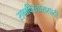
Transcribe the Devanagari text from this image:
रागविस्तारासाठी